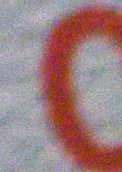
0